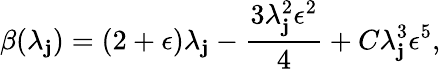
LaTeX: \beta(\lambda_{\mathbf{j}})=(2+\epsilon)\lambda_{\mathbf{j}}-\frac{{3\lambda_{\mathbf{j}}^{2}\epsilon^{2}}}{{4}}+C\lambda_{\mathbf{j}}^{3}\epsilon^{5},